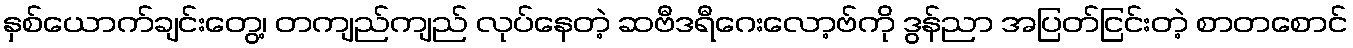
နှစ်ယောက်ချင်းတွေ့၊ တကျည်ကျည် လုပ်နေတဲ့ ဆဗီဒရီဂေးလော့ဗ်ကို ဒွန်ညာ အပြတ်ငြင်းတဲ့ စာတစောင်